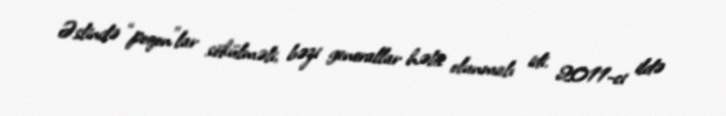
Əslində “poqon”lar sökülməli, bəzi generallar həbs olunmalı idi. 2011-ci ildə